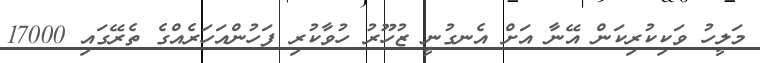
މަލީހު ވަކިކުރިކަން އޭނާ އަށް އެނގުނީ ޒުހޫރު ހުވާކުރި ފަހުންއަހަރެއްގެ ތެރޭގައި 17000